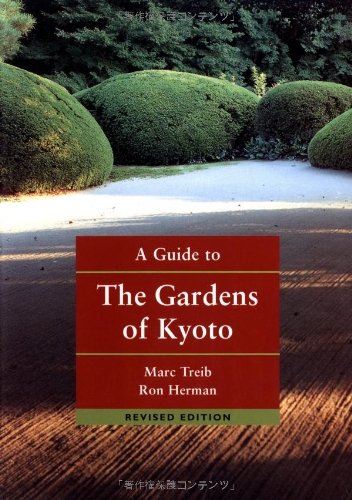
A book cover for A Guide to the Gardens of Kyoto; Marc Treib; Crafts, Hobbies & Home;